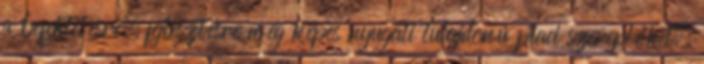
a befektetésre, fejlesztésre még képes nyugati tulajdonú piaci szereplőket.